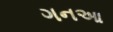
ગનઆ